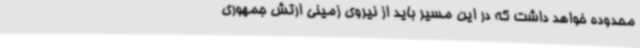
محدوده خواهد داشت که در این مسیر باید از نیروی زمینی ارتش جمهوری